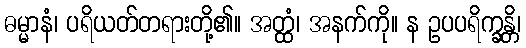
ဓမ္မာနံ၊ ပရိယတ်တရားတို့၏။ အတ္ထံ၊ အနက်ကို။ န ဥပပရိက္ခန္တိ၊